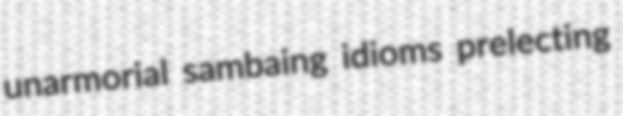
unarmorial sambaing idioms prelecting